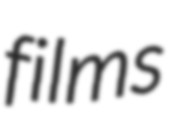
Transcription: films